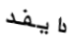
دايفد